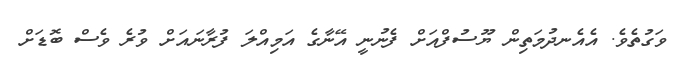
ވަގުތެވެ. އެއެނދުމަތިން ޔޫސުފްއަށް ފެނުނީ އޭނާގެ އަމިއްލަ ފުރާނައަށް ވުރެ ވެސް ބޮޑަށް